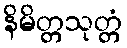
နိမိတ္တသုတ္တံ